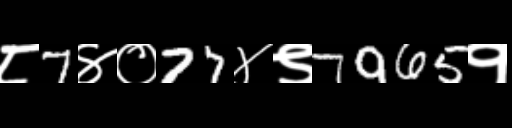
Text: ८7४०77४९7965१